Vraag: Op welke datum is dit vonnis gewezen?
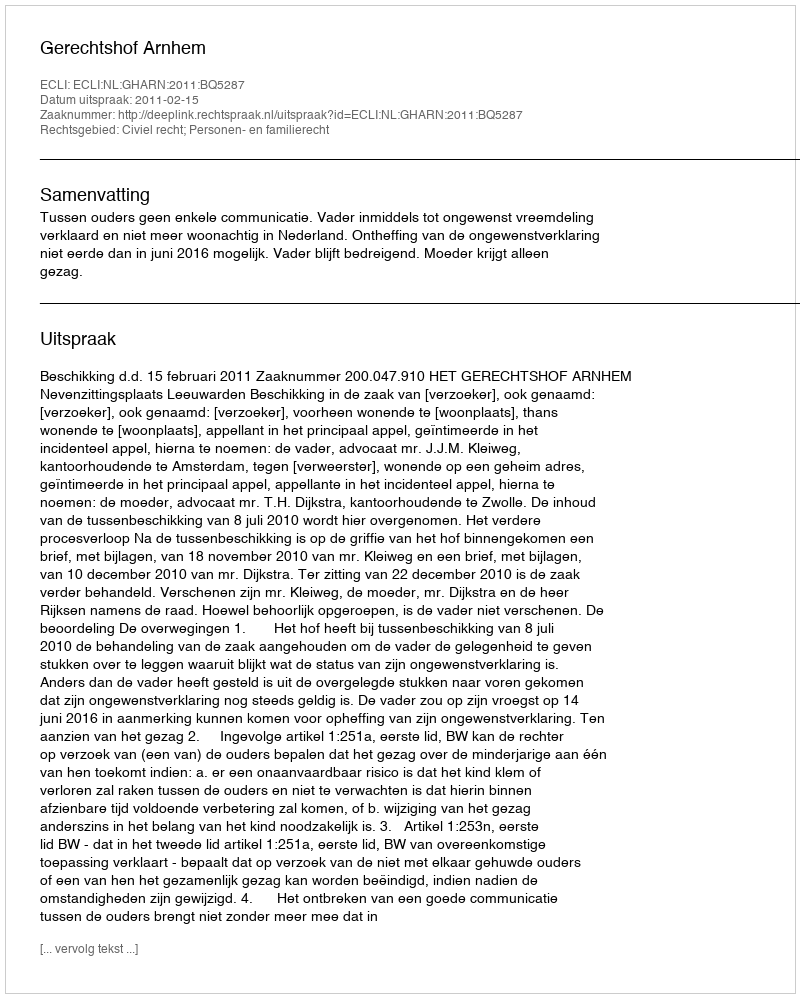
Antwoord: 2011-02-15